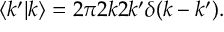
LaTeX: \langle k ^ { \prime } | k \rangle = 2 \pi 2 k 2 k ^ { \prime } \delta ( k - k ^ { \prime } ) .